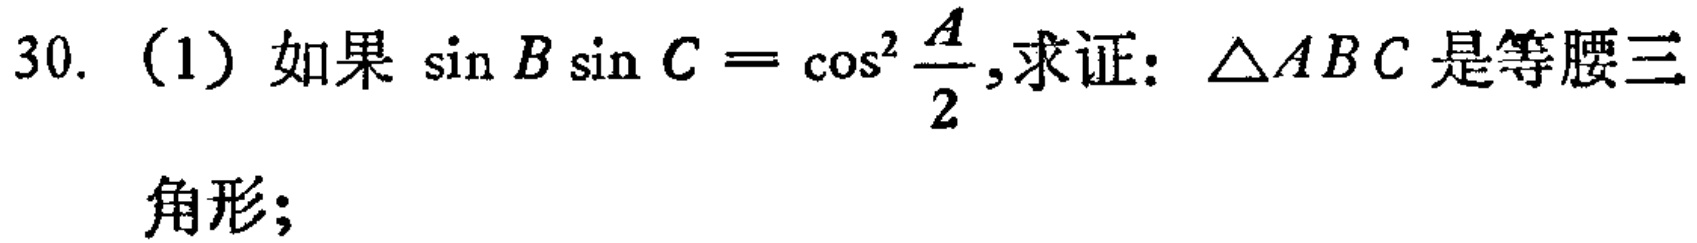
30.（1）如果\(\sin B\sin C = \cos^{2}\frac{A}{2}\),求证：\(\triangle ABC\)是等腰三角形；